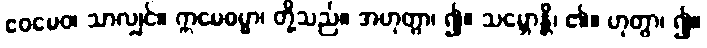
ဧဝမေဝ၊ သာလျှင်။ ဣမေဓမ္မာ၊ တို့သည်။ အဟုတွာ၊ ၍။ သမ္ဘောန္တိ၊ ၏။ ဟုတွာ၊ ၍။